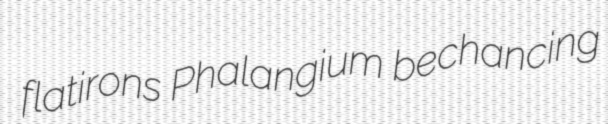
flatirons Phalangium bechancing